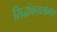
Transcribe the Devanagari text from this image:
सिद्धांकनासोबतच